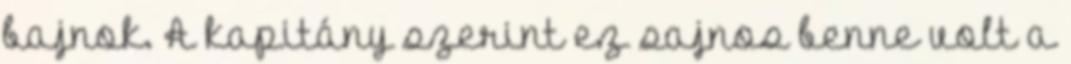
bajnok. A kapitány szerint ez sajnos benne volt a